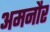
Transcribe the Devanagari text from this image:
अमनौर